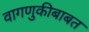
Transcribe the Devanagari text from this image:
वागणुकीबाबत